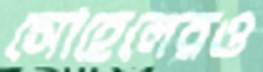
সোহেলেরও